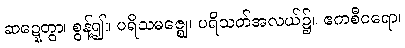
ဆဍ္ဍေတွာ၊ စွန့်၍။ ပရိသမဇ္ဈေ၊ ပရိသတ်အလယ်၌။ ဧကစီဝရော၊